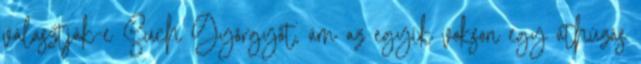
választják-e Such Györgyöt, ám az egyik vokson egy áthúzás